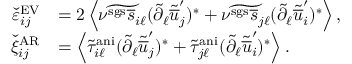
\begin{array} { r l } { \check { \varepsilon } _ { i j } ^ { \mathrm { E V } } } & { = 2 \left< \widetilde { \nu ^ { \mathrm { s g s } } \overline { { s } } _ { i \ell } } ( \tilde { \partial } _ { \ell } \tilde { \overline { { u } } } _ { j } ^ { \prime } ) ^ { * } + \widetilde { \nu ^ { \mathrm { s g s } } \overline { { s } } _ { j \ell } } ( \tilde { \partial } _ { \ell } \tilde { \overline { { u } } } _ { i } ^ { \prime } ) ^ { * } \right> , } \\ { \check { \xi } _ { i j } ^ { \mathrm { A R } } } & { = \left< \tilde { \tau } _ { i \ell } ^ { \mathrm { a n i } } ( \tilde { \partial } _ { \ell } \tilde { \overline { { u } } } _ { j } ^ { \prime } ) ^ { * } + \tilde { \tau } _ { j \ell } ^ { \mathrm { a n i } } ( \tilde { \partial } _ { \ell } \tilde { \overline { { u } } } _ { i } ^ { \prime } ) ^ { * } \right> . } \end{array}